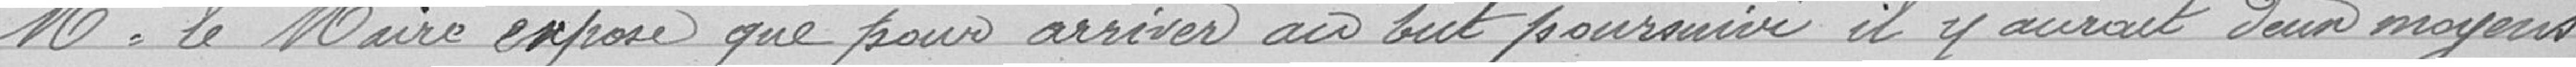
Monsieur le Maire expose que pour arriver au but poursuivi, il y aurait deux moyens :